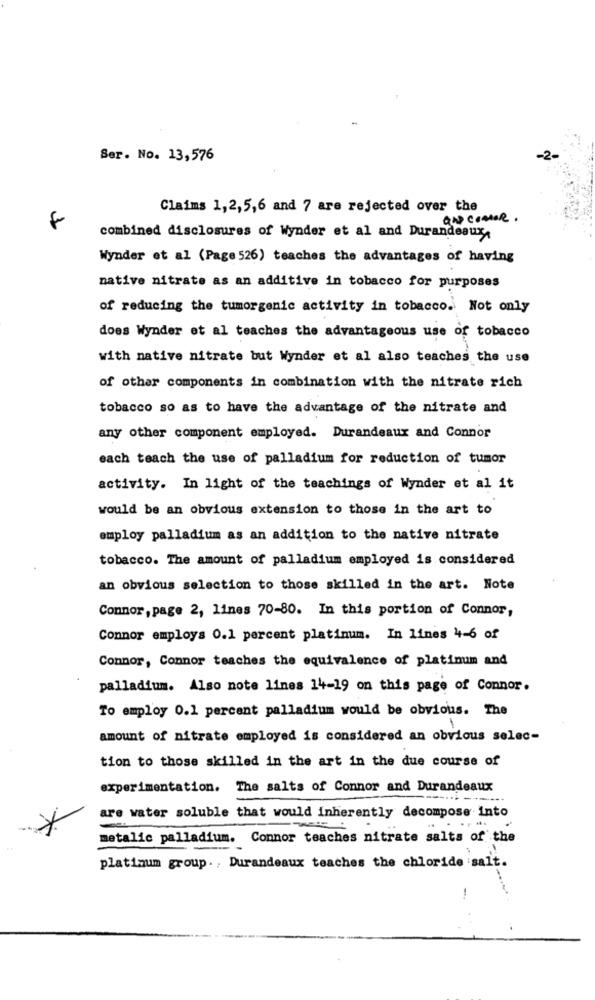
Ser. No. 13,576
-2-
Claims 1,2,5,6 and 7 are rejected over the
and comOR.
f
combined disclosures of Wynder et al and Durandeaux
Wynder et al (Page 526) teaches the advantages of having
native nitrate as an additive in tobacco for purposes
of reducing the tumorgenic activity in tobacco. Not only
does Wynder et al teaches the advantageous use of tobacco
with native nitrate but Wynder et al also teaches the use
of other components in combination with the nitrate rich
tobacco so as to have the advantage of the nitrate and
any other component employed. Durandeaux and Connor
each teach the use of palladium for reduction of tumor
activity. In light of the teachings of Wynder et al it
would be an obvious extension to those in the art to
employ palladium as an addition to the native nitrate
tobacco. The amount of palladium employed is considered
an obvious selection to those skilled in the art. Note
Connor, page 2, lines 70-80. In this portion of Connor,
Connor employs 0.1 percent platinum. In lines 4-6 of
Connor, Connor teaches the equivalence of platinum and
palladium. Also note lines 14-19 on this page of Connor.
To employ 0.1 percent palladium would be obvious. The
amount of nitrate employed is considered an obvious selec-
tion to those skilled in the art in the due course of
experimentation. The salts of Connor and Durandeaux
are water soluble that would inherently decompose Into
metalic palladium. Connor teaches nitrate salts of the
platinum group. , Durandeaux teaches the chloride salt.